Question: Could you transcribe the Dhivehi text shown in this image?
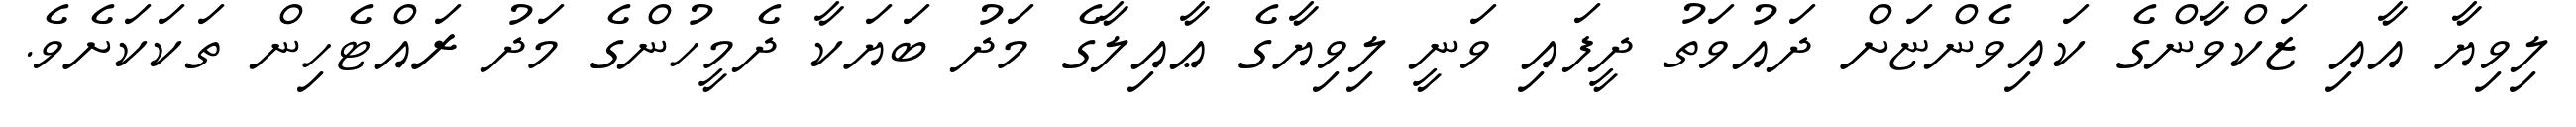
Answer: ލިވިޔާ އާއި ޒަކްވާންގެ ކައިވެންޏަށް ދައުވަތު ދީފައި ވަނީ ލިވިޔާގެ ޢާއިލާގެ މަދު ބަޔަކާ ދެމީހުންގެ މަދު ރައްޓެހިން ތަކަކަށެވެ.